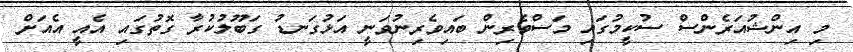
މި އިންޝުއަރެންސް ސުކީމުގައި މަސްވެރިން ބައިވެރިނުވަނީ އަޅުގަނޑު ގަބޫލުކުރާ ގޮތުގައި އެއީ އެއަށް